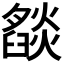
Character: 𬋓